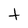
Character: t